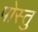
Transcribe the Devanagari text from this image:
पोस्तु